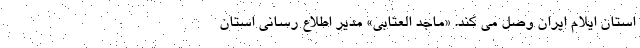
استان ایلام ایران وصل می کند. «ماجد العتابی» مدیر اطلاع رسانی استان